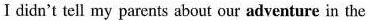
Ⅰdidn't tell my parents about our adventure in the